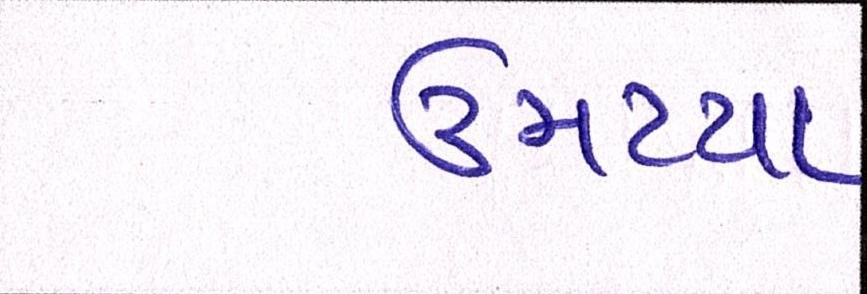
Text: ઉમટયા